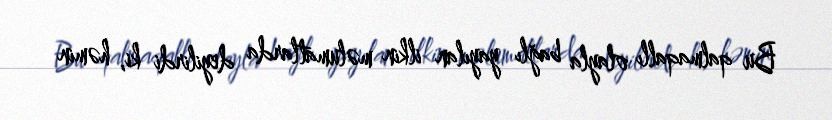
Bu qalmaqallı olayla bağlı yayılan ilkin məlumatlarda deyilirdi ki, həmin